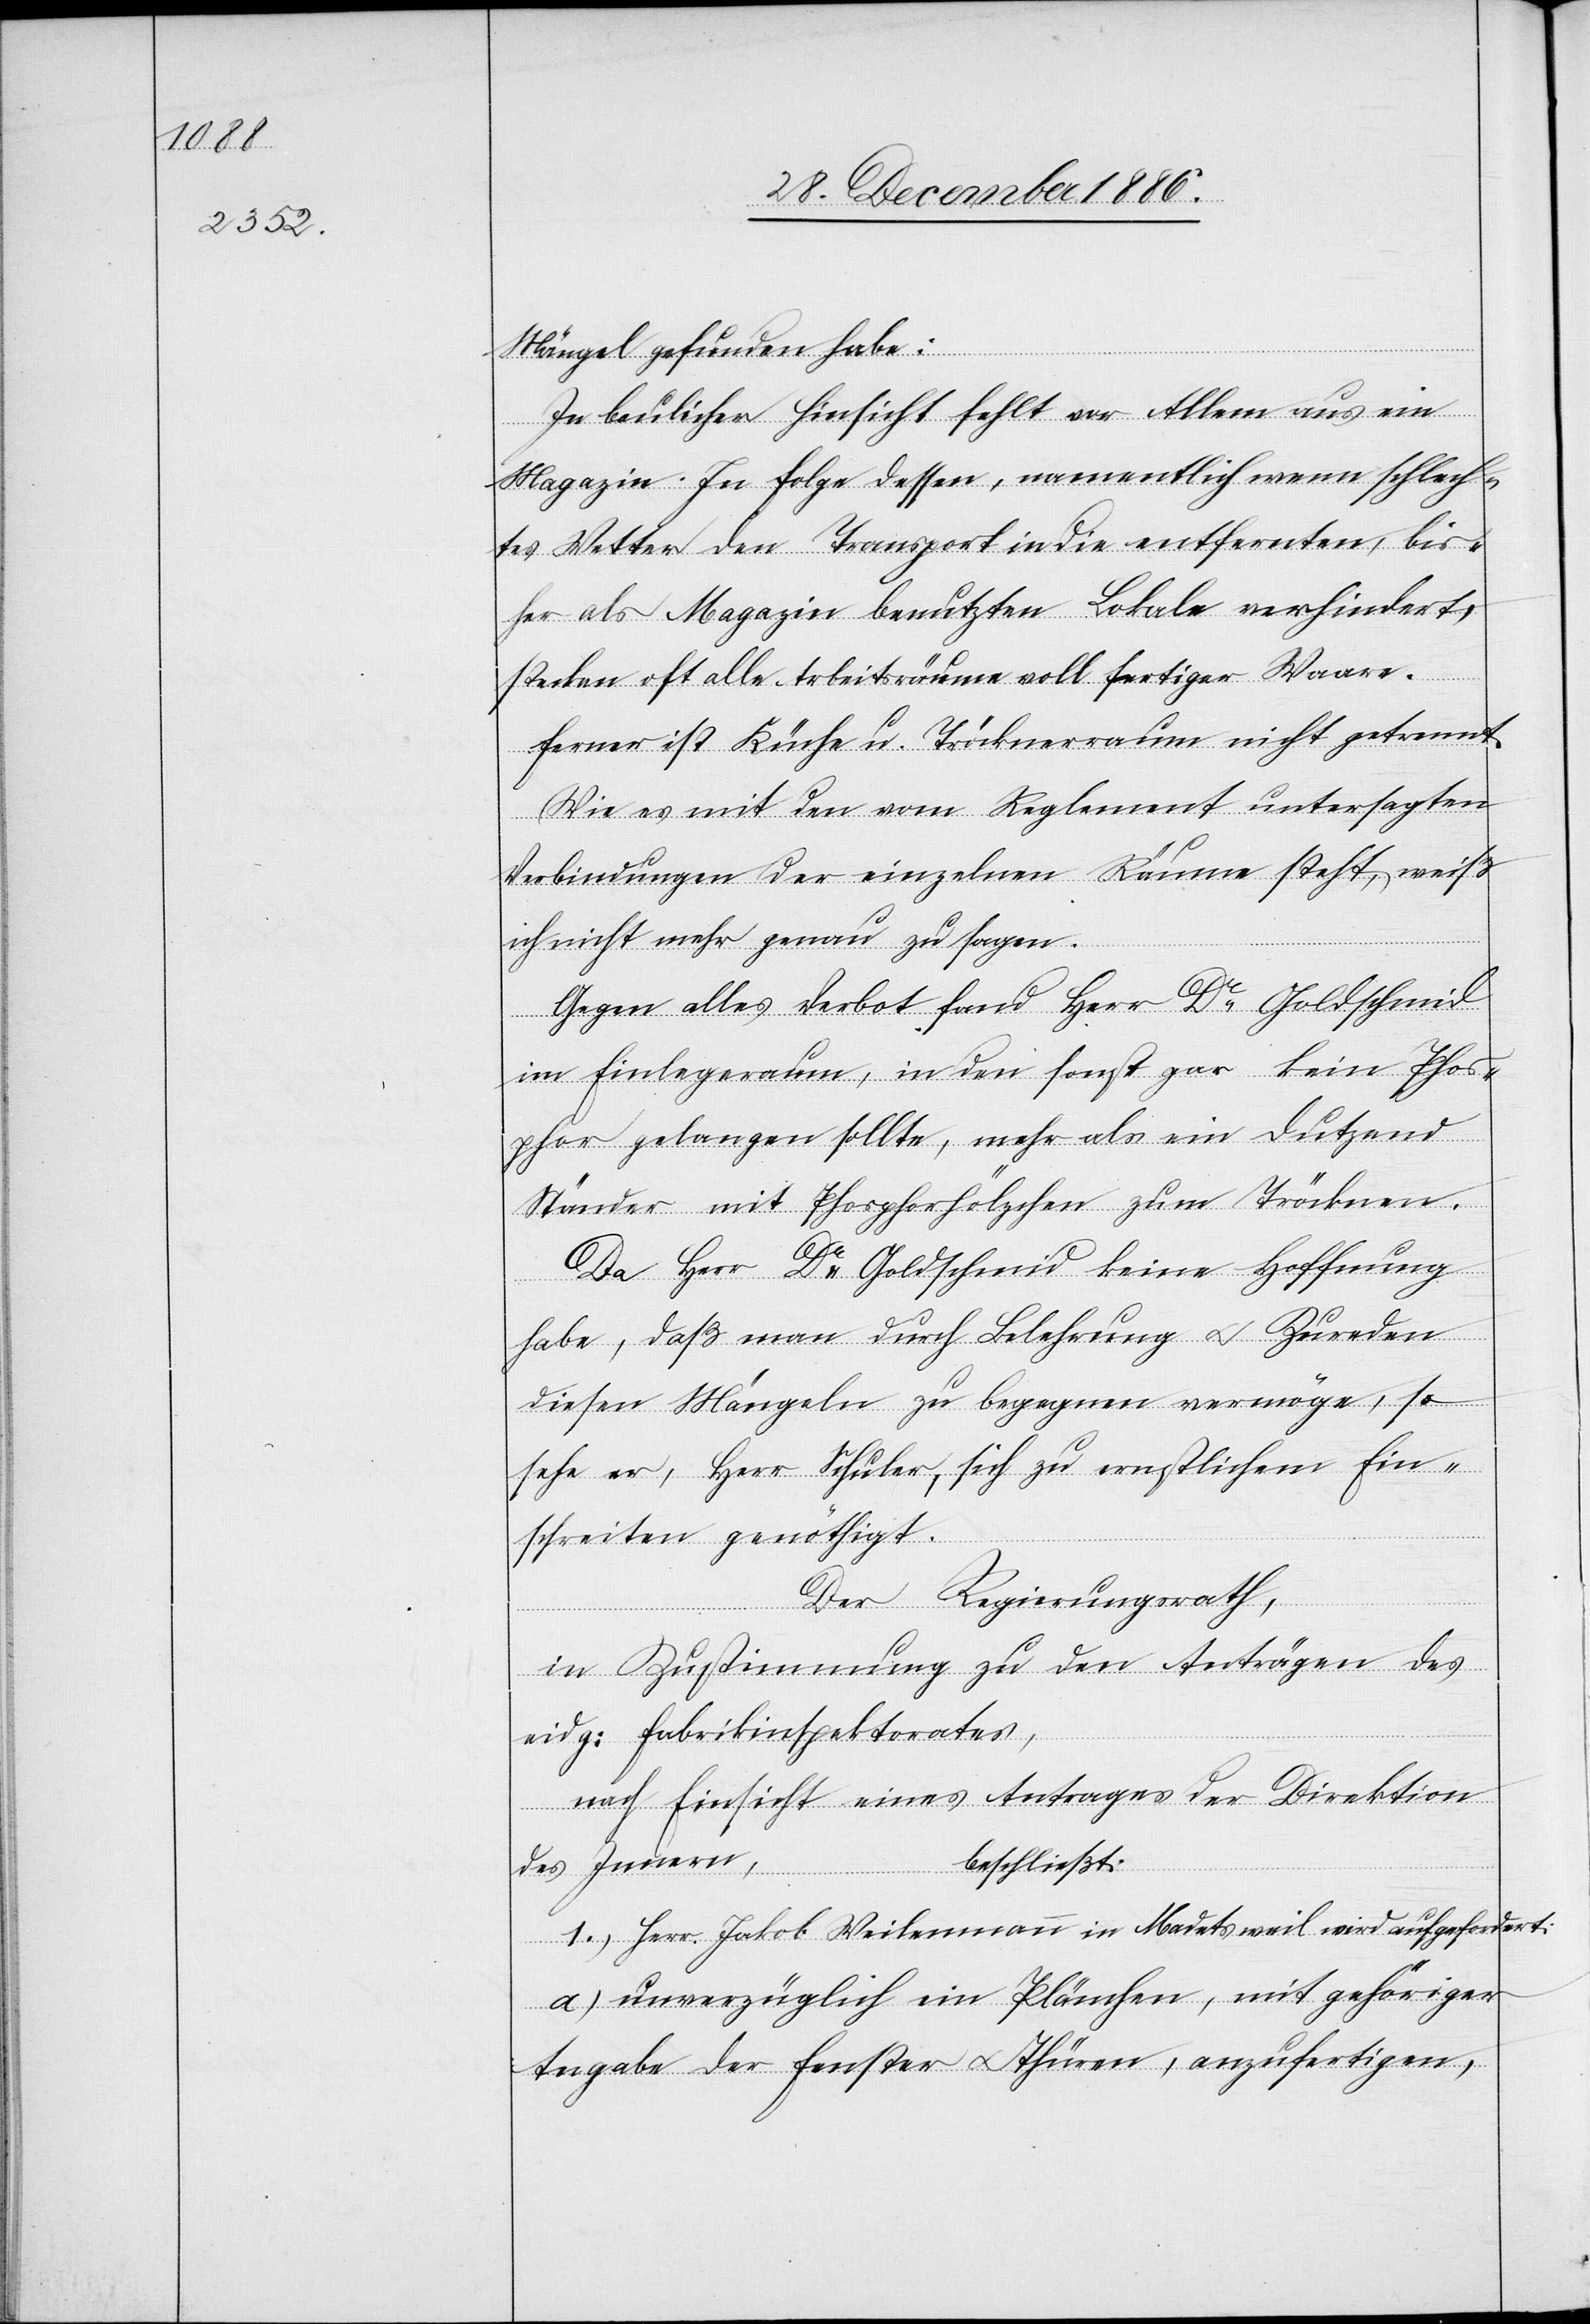
Mängel gefunden habe:
In baulicher Hinsicht fehlt vor Allem aus ein
Magazin. In Folge dessen, namentlich wenn schlech¬
tes Wetter den Transport in die entfernten, bis¬
her als Magazin benutzten Lokale verhindert,
stecken oft alle Arbeitsräume voll fertiger Waare.
Ferner ist Küche u. Tröcknerraum nicht getrennt.
Wie es mit den vom Reglement untersagten
Verbindungen der einzelnen Räume steht, weiß
ich nicht mehr genau zu sagen.
Gegen alles Verbot fand Herr Dr Goldschmid
im Einlegeraum, in den sonst gar kein Phos¬
phor gelangen sollte, mehr als ein Dutzend
Ständer mit Phosphorhölzchen zum tröcknen.
Da Herr Dr Goldschmid keine Hoffnung
habe, daß man durch Belehrung & Zureden
diesen Mängeln zu begegnen vermöge, so
sehe er, Herr Schuler, sich zu ernstlichem Ein¬
schreiten genöthigt.
Der Regierungsrath,
in Zustimmung zu den Anträgen des
eidg: Fabrikinspektorates,
nach Einsicht eines Antrages der Direktion
des Innern,
beschließt:
I.) Herr Jakob Weilenmann in Madetsweil wird aufgefordert:
a) unverzüglich ein Plänchen, mit gehöriger
Angabe der Fenster & Thüren, anzufertigen,